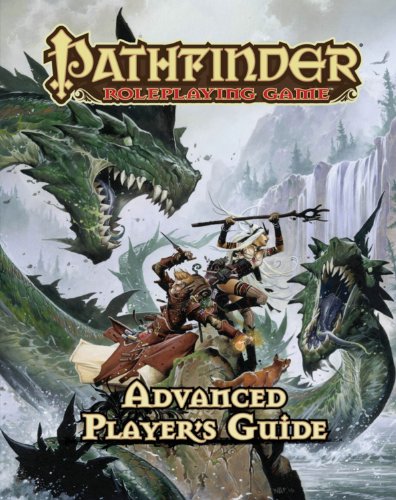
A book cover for Pathfinder Roleplaying Game: Advanced Player's Guide; Science Fiction & Fantasy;